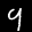
Label: 9